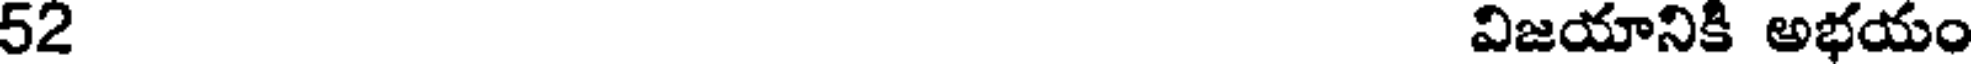
52 విజయానికి అభయం